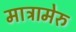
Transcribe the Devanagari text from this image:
मात्रामेरु